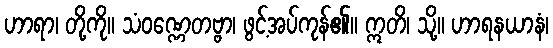
ဟာရာ၊ တို့ကို။ သံဝဏ္ဏေတဗ္ဗာ၊ ဖွင့်အပ်ကုန်၏။ ဣတိ၊ သို့။ ဟာရနယာနံ၊